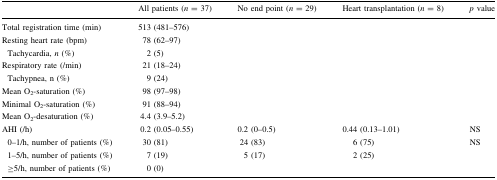
|  | All patients (n = 37) | No end point (n = 29) | Heart transplantation (n = 8) | p value |
 | --- | --- | --- | --- | --- |
 | Total registration time (min) | 513 (481–576) |  |  |  |
 | Resting heart rate (bpm) | 78 (62–97) |  |  |  |
 | Tachycardia, n (%) | 2 (5) |  |  |  |
 | Respiratory rate (/min) | 21 (18–24) |  |  |  |
 | Tachypnea, n (%) | 9 (24) |  |  |  |
 | Mean O2-saturation (%) | 98 (97–98) |  |  |  |
 | Minimal O2-saturation (%) | 91 (88–94) |  |  |  |
 | Mean O2-desaturation (%) | 4.4 (3.9–5.2) |  |  |  |
 | AHI (/h) | 0.2 (0.05–0.55) | 0.2 (0–0.5) | 0.44 (0.13–1.01) | NS |
 | 0–1/h, number of patients (%) | 30 (81) | 24 (83) | 6 (75) | NS |
 | 1–5/h, number of patients (%) | 7 (19) | 5 (17) | 2 (25) |  |
 | ≥5/h, number of patients (%) | 0 (0) |  |  |  |